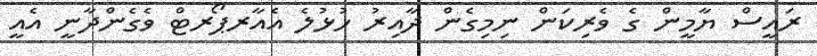
ރައީސް ޔާމީން ގެ ވެރިކަން ނިމިގެން ދާއިރު ހުޅުލެ އެއާރޕޯރޓް ވެގެންދާނީ އެއީ